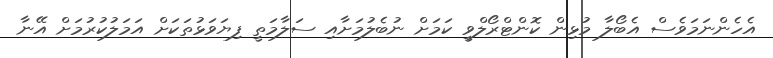
އެހެންނަމަވެސް އެބޯލާ މުޅިން ކޮންޓްރޯލްވީ ކަމަށް ނުބެލުމަށާއި ސަލާމަތީ ފިޔަވަޅުތަކަށް އަމަލުކުރުމަށް އޭނާ